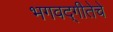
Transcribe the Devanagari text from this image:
भगवद्‌गीतेचे